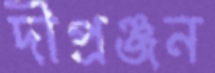
দীপ্রঞ্জন